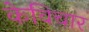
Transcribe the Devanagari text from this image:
केविचार